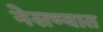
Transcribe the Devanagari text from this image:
नेसण्यात